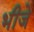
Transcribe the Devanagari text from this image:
भीजे